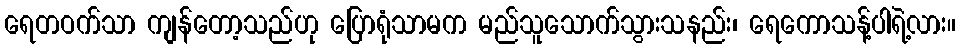
ရေတဝက်သာ ကျန်တော့သည်ဟု ပြောရုံသာမက မည်သူသောက်သွားသနည်း၊ ရေကောသန့်ပါရဲ့လား။